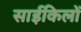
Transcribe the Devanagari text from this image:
साईकिलों